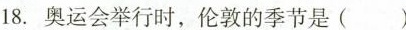
18. 奥运会举行时，伦敦的季节是( )